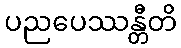
ပညပေဿန္တီတိ